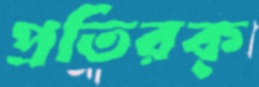
প্রতিরক্